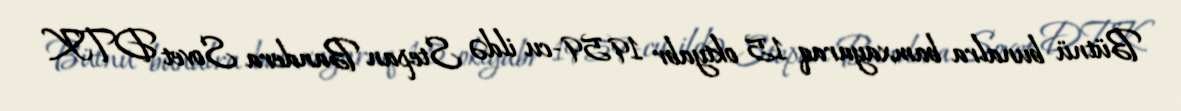
Bütnü bunalra bamxayaraq 15 oktyabr 1959-cu ildə Stepan Bandera Sovet DTK